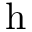
\mathrm { h }